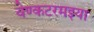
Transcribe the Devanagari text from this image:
वेण्कटरमइया